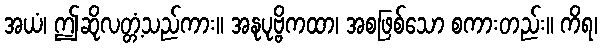
အယံ၊ ဤဆိုလတ္တံ့သည်ကား။ အနုပုဗ္ဗိကထာ၊ အစဖြစ်သော စကားတည်း။ ကိရ၊